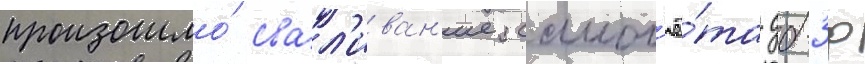
произошло́ свал'иван'ие самол'ё́та дб-3ф